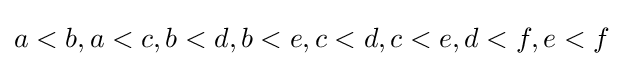
a<b,a<c,b<d,b<e,c<d,c<e,d<f,e<f